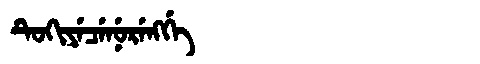
Manchu: ᡨᡠᡴᡳᠶᡝᠴᡝᠨᡠᡵᡝᠩᡤᡝ
Romanization: TUKIYECENURENGGE